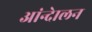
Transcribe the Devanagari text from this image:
आंन्देालन